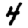
Digit: 4